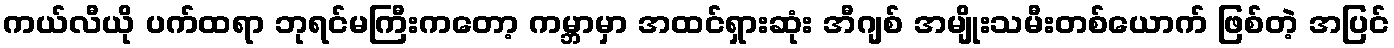
ကယ်လီယို ပက်ထရာ ဘုရင်မကြီးကတော့ ကမ္ဘာမှာ အထင်ရှားဆုံး အီဂျစ် အမျိုးသမီးတစ်ယောက် ဖြစ်တဲ့ အပြင်